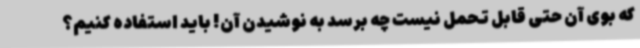
که بوی آن حتی قابل تحمل نیست چه برسد به نوشیدن آن! باید استفاده کنیم؟